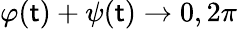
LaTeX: \varphi(\mathsf{t})+\psi(\mathsf{t})\rightarrow0,2\pi